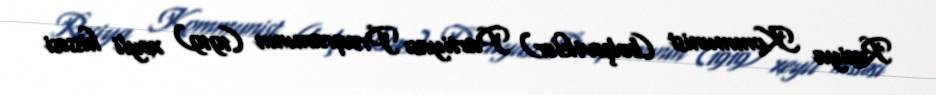
Rusiya Kommunist (bolşeviklər) Partiyası Proqramının (1919) xeyli hissəsi